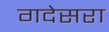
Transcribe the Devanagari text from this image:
गदेसरा